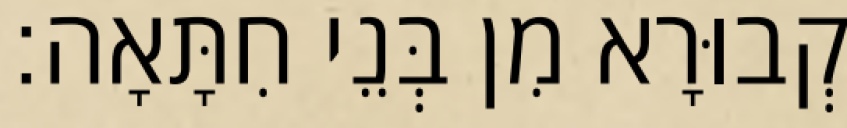
קְבוּרָא מִן בְּנֵי חִתָּאָה׃